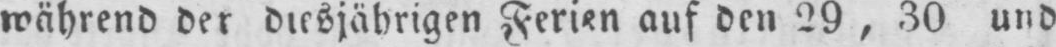
während der diesjährigen Ferien auf den 29, 30 und